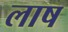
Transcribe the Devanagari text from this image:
लाष